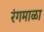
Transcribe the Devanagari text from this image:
रंगमाळा